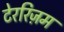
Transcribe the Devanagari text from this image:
टेररिज़म